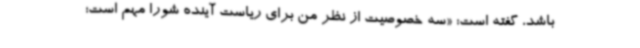
باشد، گفته است: «سه‌ خصوصیت از نظر من برای ریاست آینده شورا مهم است؛